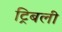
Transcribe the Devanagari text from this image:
ट्रिबली